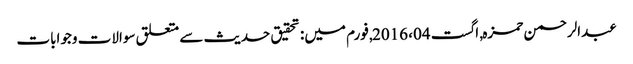
عبدالرحمن حمزہ, ‏اگست 04، 2016, فورم میں: تحقیق حدیث سے متعلق سوالات وجوابات